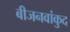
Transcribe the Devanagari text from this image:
बीजनवांकुद